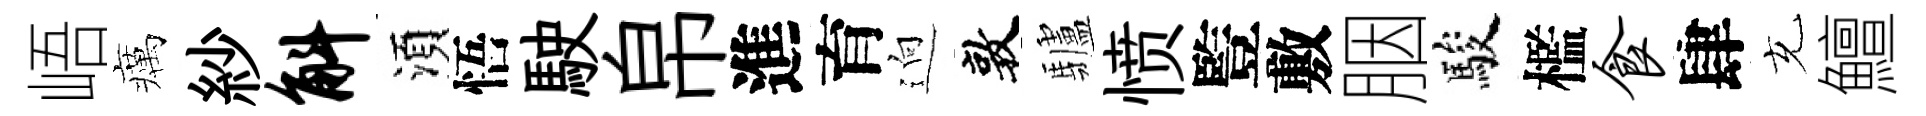
峿癘紗斛湏悟駛帛進育逈敦驢愤䜿敷胭駿檻食肆充鱣